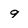
Character: 9